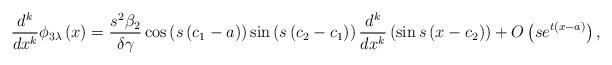
LaTeX: \begin{align*}\dfrac{d^{k}}{dx^{k}}\phi _{3\lambda }\left( x\right) =\dfrac{s^{2}\beta _{2}}{\delta \gamma }\cos \left( s\left( c_{1}-a\right) \right) \sin \left(s\left( c_{2}-c_{1}\right) \right) \dfrac{d^{k}}{dx^{k}}\left( \sin s\left(x-c_{2}\right) \right) +O\left( se^{t\left( x-a\right) }\right) , \end{align*}